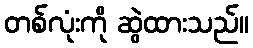
တစ်လုံးကို ဆွဲထားသည်။